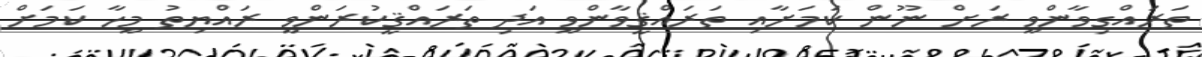
ތަރައްގިވާންވީ ރަށް ނޫން ކަމަށާއި ތަރައްޤީވާންވީ އަދި ތަރައްޤީކުރަންވީ ރައްޔިތު މީހާ ކަމަށް